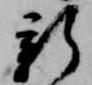
新